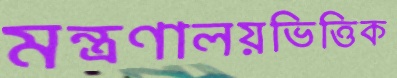
মন্ত্রণালয়ভিত্তিক